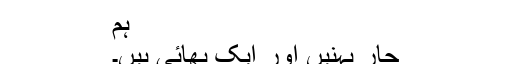
ہم
چار بہنیں اور ایک بھائی ہیں۔